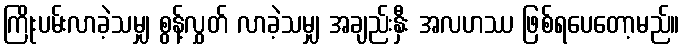
ကြိုးပမ်းလာခဲ့သမျှ စွန့်လွှတ် လာခဲ့သမျှ အချည်းနှီး အလဟဿ ဖြစ်ရပေတော့မည်။